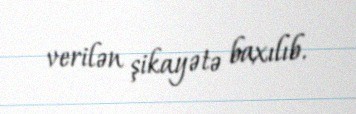
verilən şikayətə baxılıb.